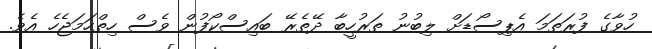
ހުވާގެ ފުރަތަމަ އެޕިސޯޑަށް ލިބުނު ތަރުހީބާ ދޭތެރޭ ބައިސްކޯފުން ވެސް ހިތްހަމަޖެހެ އެވެ.